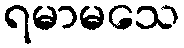
ရမာမသေ